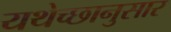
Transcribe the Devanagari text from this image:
यथेच्छानुसार